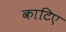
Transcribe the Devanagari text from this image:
काटिए